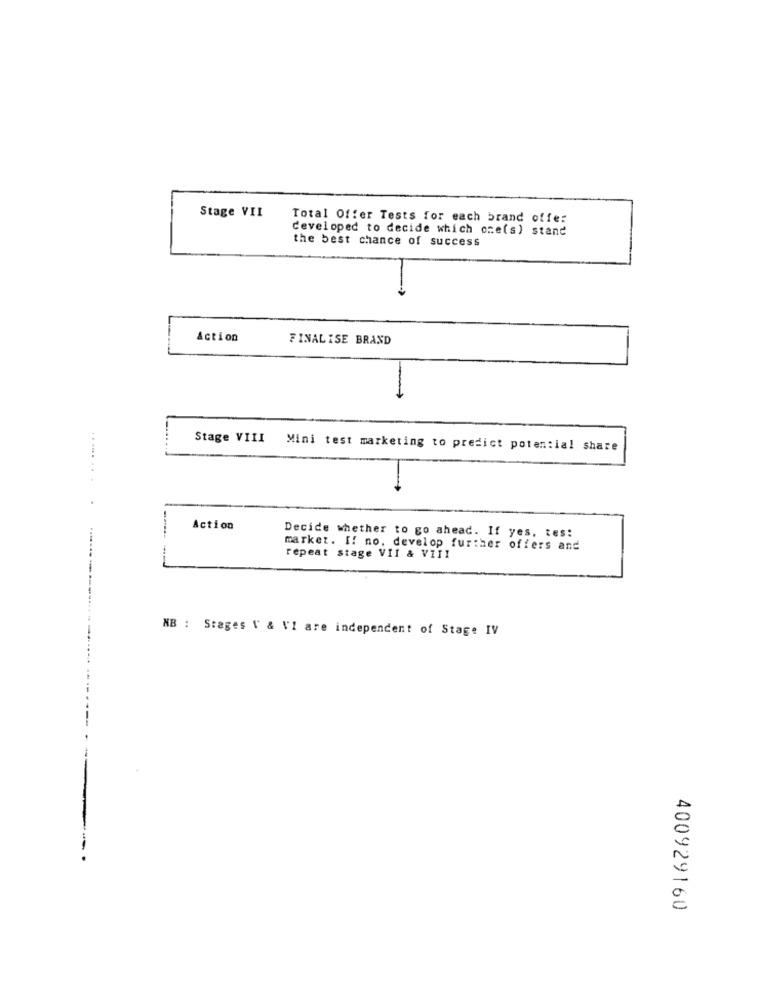
Stage VII
Total Offer Tests for each brand offer
developed to decide which one(s) stand
the best chance of success
Action
FINALISE BRAND
Stage VIII Mini test marketing to predict potential share
..... ...
Action
Decide whether to go ahead. If yes, tes:
market. If no. develop further offers and
repeat stage VII & VIII
NB : Stages V & VI are independent of Stage IV
400929160